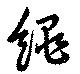
繩